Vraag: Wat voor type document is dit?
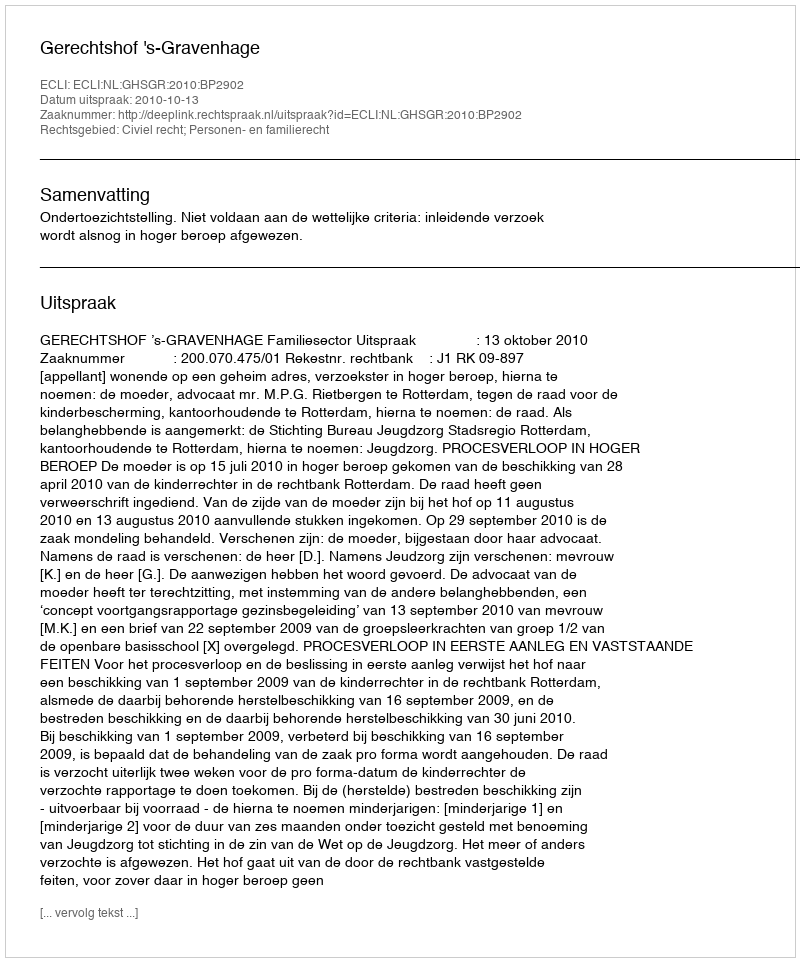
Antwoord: Uitspraak